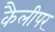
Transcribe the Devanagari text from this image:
कैलीपर